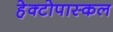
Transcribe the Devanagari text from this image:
हेक्टोपास्कल